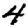
Digit: 4